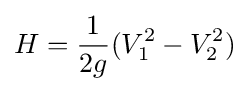
H={1 \over {2g}}(V_{1}^{2}-V_{2}^{2})